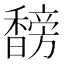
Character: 𬳣